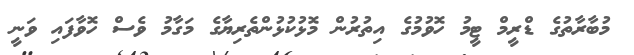
މުބާރާތުގެ ޑްރީމް ޓީމު ހޮވުމުގެ އިތުރުން މޮޅުކުޅުންތެރިޔާގެ މަގާމު ވެސް ހޮވާފައި ވަނީ